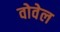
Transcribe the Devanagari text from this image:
वोवेल